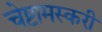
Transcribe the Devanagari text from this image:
चेष्टामस्करी